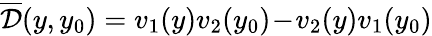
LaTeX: \overline{{\cal D}}(y,y_{0})=v_{1}(y)v_{2}(y_{0})\! -\! v_{2}(y)v_{1}(y_{0})